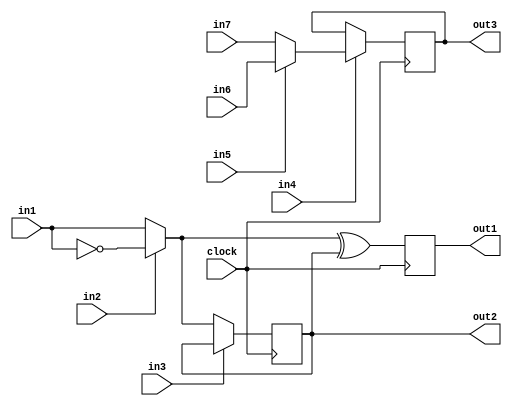
module uut_always03(clock, in1, in2, in3, in4, in5, in6, in7, out1, out2, out3);

input clock, in1, in2, in3, in4, in5, in6, in7;
output out1, out2, out3;
reg out1, out2, out3;

always @(posedge clock) begin
	out1 = in1;
	if (in2)
		out1 = !out1;
	out2 <= out1;
	if (in3)
		out2 <= out2;
	if (in4)
		if (in5)
			out3 <= in6;
		else
			out3 <= in7;
	out1 = out1 ^ out2;
end

endmodule